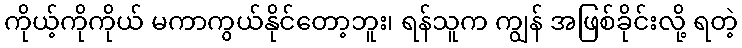
ကိုယ့်ကိုကိုယ် မကာကွယ်နိုင်တော့ဘူး၊ ရန်သူက ကျွန် အဖြစ်ခိုင်းလို့ ရတဲ့